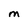
Character: M